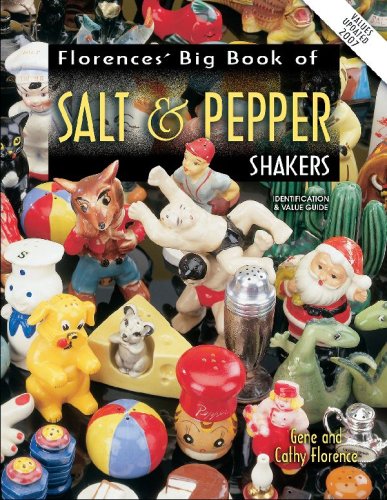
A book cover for Florence's Big Book of Salt & Pepper Shakers: Identification & Value Guide; Gene Florence; Crafts, Hobbies & Home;